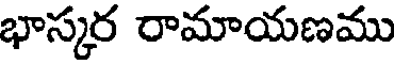
భాస్కర రామాయణము